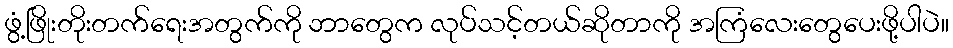
ဖွံ့ဖြိုးတိုးတက်ရေးအတွက်ကို ဘာတွေက လုပ်သင့်တယ်ဆိုတာကို အကြံလေးတွေပေးဖို့ပါပဲ။